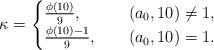
LaTeX: \begin{align*}\kappa=\begin{cases}\frac{\phi(10)}{9},\qquad&(a_0,10)\ne1,\\\frac{\phi(10)-1}{9},&(a_0,10)=1.\end{cases}\end{align*}